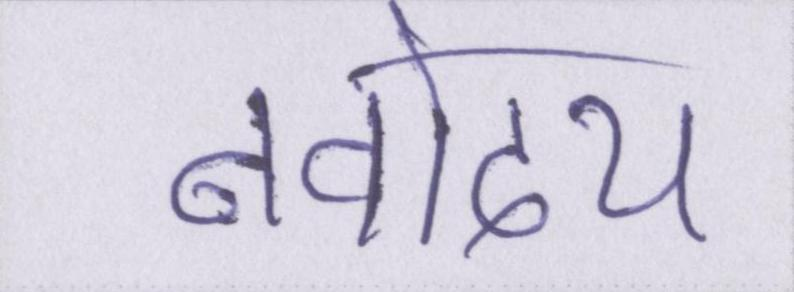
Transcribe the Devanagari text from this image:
नवोदय